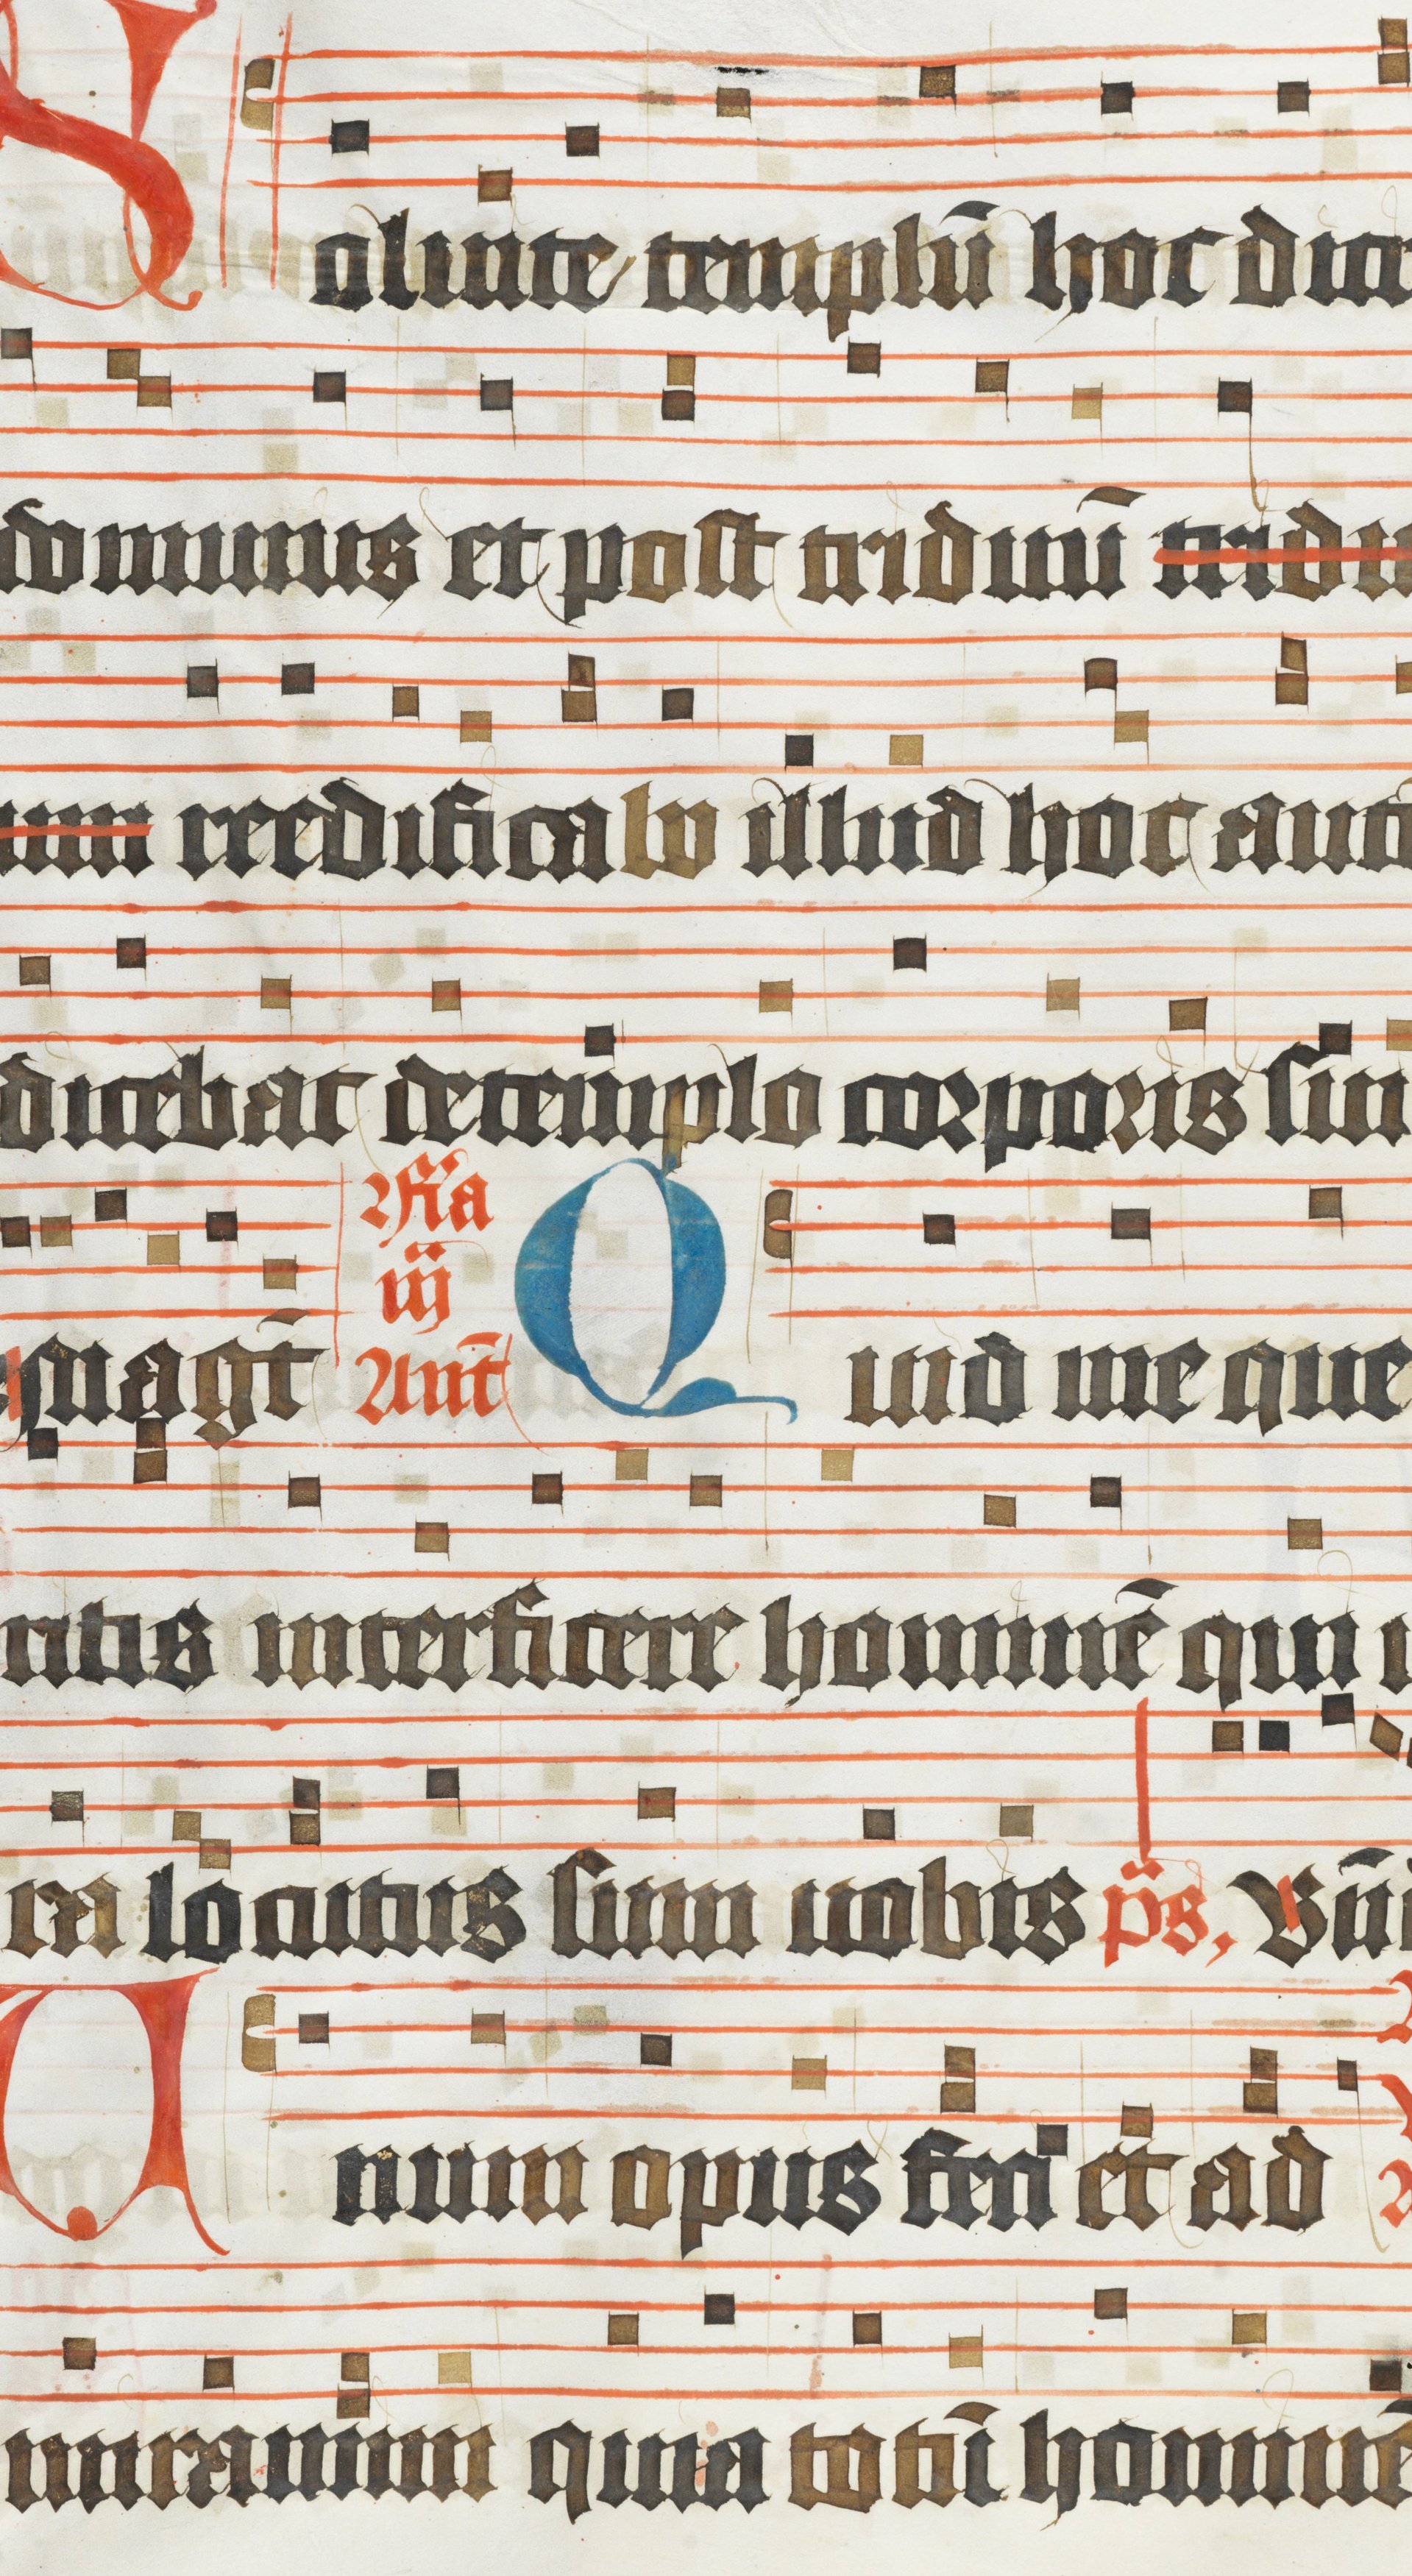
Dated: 1450–1499